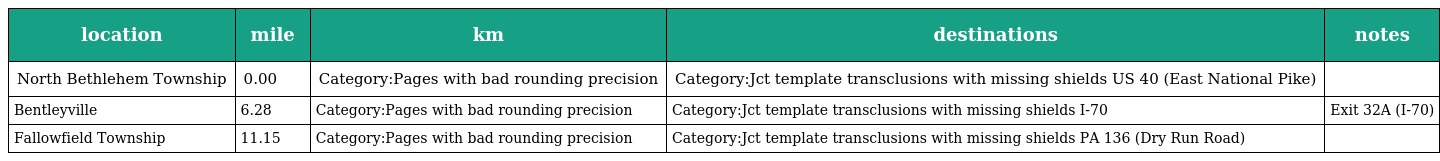
| location | mile | km | destinations | notes |
 | --- | --- | --- | --- | --- |
 | North Bethlehem Township | 0.00 | Category:Pages with bad rounding precision | Category:Jct template transclusions with missing shields US 40 (East National Pike) |  |
 | Bentleyville | 6.28 | Category:Pages with bad rounding precision | Category:Jct template transclusions with missing shields I-70 | Exit 32A (I-70) |
 | Fallowfield Township | 11.15 | Category:Pages with bad rounding precision | Category:Jct template transclusions with missing shields PA 136 (Dry Run Road) |  |